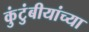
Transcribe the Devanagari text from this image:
कुंटुंबीयांच्या